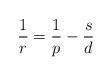
LaTeX: \begin{align*}\frac{1}{r}=\frac{1}{p}-\frac{s}{d}\end{align*}